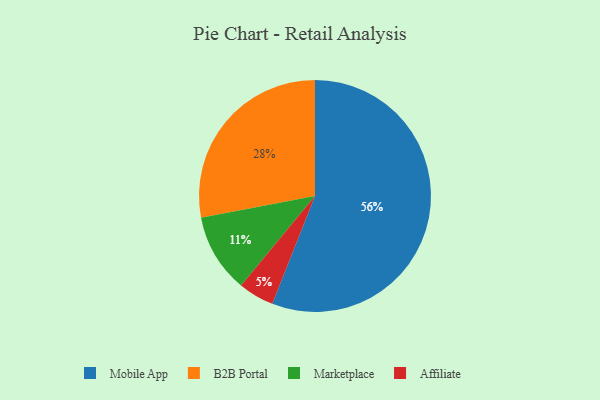
{"axis": {"x": "Category", "y": "Percentage"}, "legend": ["Affiliate", "B2B Portal", "Marketplace", "Mobile App"], "data": [{"x": "Marketplace", "y": 11, "type": "Marketplace"}, {"x": "B2B Portal", "y": 28, "type": "B2B Portal"}, {"x": "Mobile App", "y": 56, "type": "Mobile App"}, {"x": "Affiliate", "y": 5, "type": "Affiliate"}]}